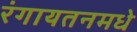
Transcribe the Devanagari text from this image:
रंगायतनमधे